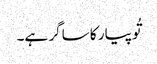
تُو پیار کا ساگر ہے۔